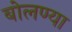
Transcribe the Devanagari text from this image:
बोलण्या